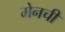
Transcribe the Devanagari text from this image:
मेनची